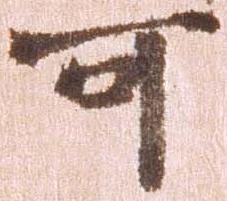
可